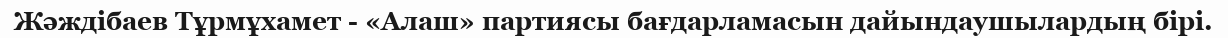
Жәждібаев Тұрмұхамет - «Алаш» партиясы бағдарламасын дайындаушылардың бірі.